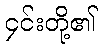
၄င်းတို့၏